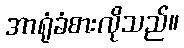
အာရုံခံစားလိုသည်။